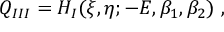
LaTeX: Q _ { I I I } = H _ { I } ( \xi , \eta ; - E , \beta _ { 1 } , \beta _ { 2 } ) \ ,